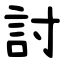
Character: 討